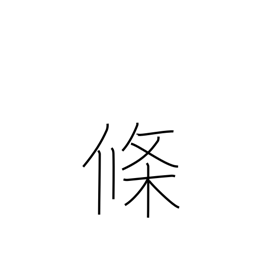
Meaning: counter for articles, clauses, paragraphs, etc.